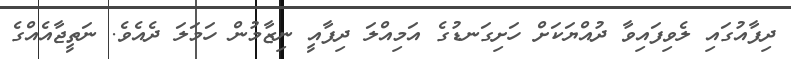
ދިފާއުގައި ލެވިފައިވާ ދުއްޔަކަށް ހަށިގަނޑުގެ އަމިއްލަ ދިފާއީ ނިޒާމުން ހަމަލަ ދެއެވެ. ނަތީޖާއެއްގެ